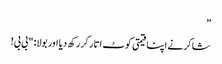
”
شاکر نے اپنا قیمتی کوٹ اتار کر رکھ دیا اور بولا: "بی بی!